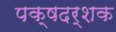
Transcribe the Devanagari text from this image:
पक्षदर्शक